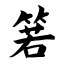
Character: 箬